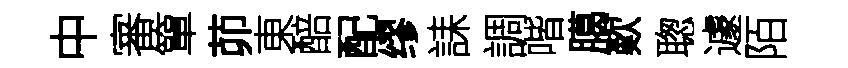
中審簞茆東醅配缪誄調喈臈歎聦遽陌